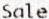
SALE